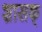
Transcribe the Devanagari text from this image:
शासक्